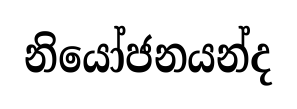
නියෝජනයන්ද